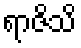
ရာဇိသိ